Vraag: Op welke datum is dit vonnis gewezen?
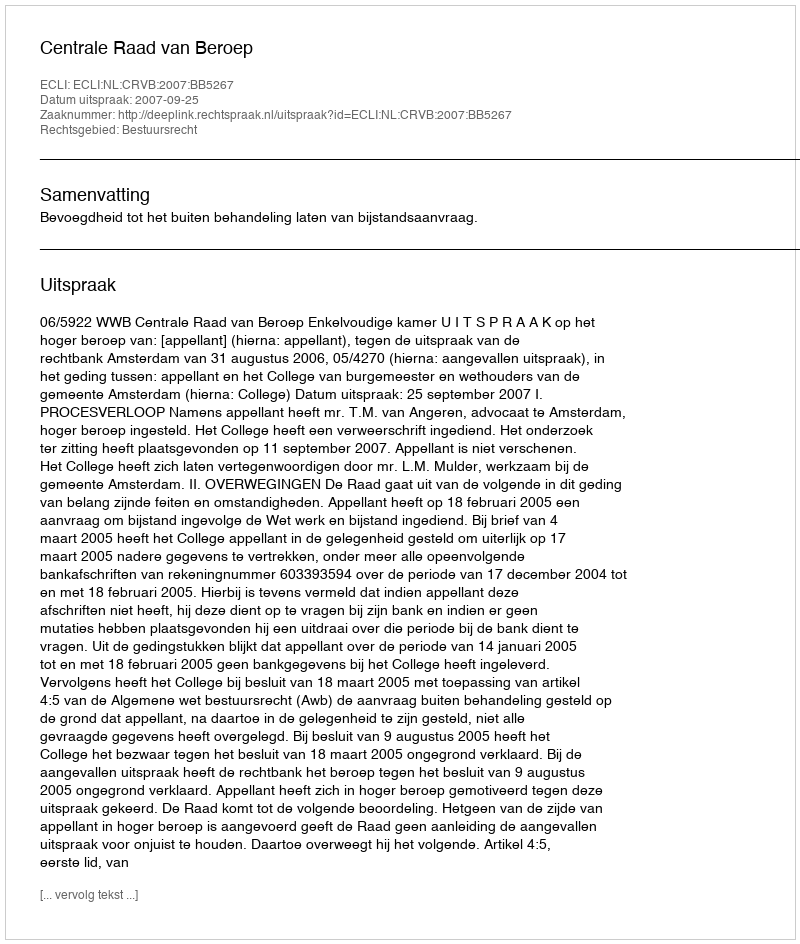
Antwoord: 2007-09-25